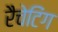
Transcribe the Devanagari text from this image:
रैचेटिंग